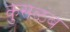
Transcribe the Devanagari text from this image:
कुसळंब